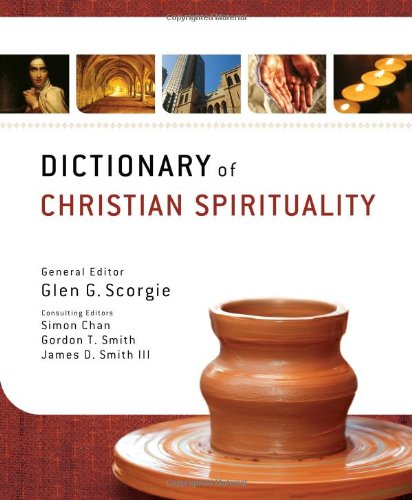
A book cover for Dictionary of Christian Spirituality; Christian Books & Bibles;